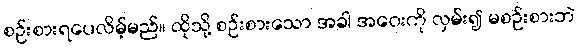
စဉ်းစားရပေလိမ့်မည်။ ထိုသို့ စဉ်းစားသော အခါ အဝေးကို လှမ်း၍ မစဉ်းစားဘဲ